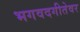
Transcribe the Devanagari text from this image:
भगवदगीतेवर